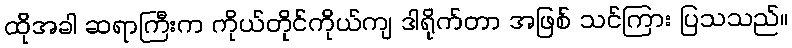
ထိုအခါ ဆရာကြီးက ကိုယ်တိုင်ကိုယ်ကျ ဒါရိုက်တာ အဖြစ် သင်ကြား ပြသသည်။